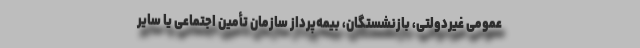
عمومی غیردولتی، بازنشستگان، بیمه‌پرداز سازمان تأمین اجتماعی یا سایر